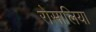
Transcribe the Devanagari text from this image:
रोसालिया